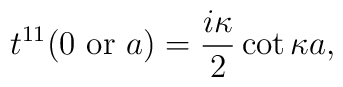
t^{11}(0\mbox{ or } a)={i\kappa\over2}\cot\kappa a,